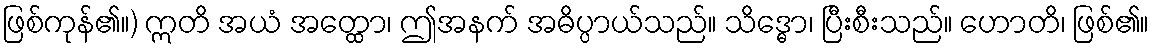
ဖြစ်ကုန်၏။) ဣတိ အယံ အတ္ထော၊ ဤအနက် အဓိပ္ပာယ်သည်။ သိဒ္ဓော၊ ပြီးစီးသည်။ ဟောတိ၊ ဖြစ်၏။